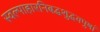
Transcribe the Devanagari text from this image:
स्वल्पाहारनिबद्धशुद्धवपुषां